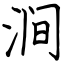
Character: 涧